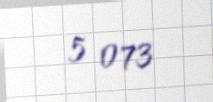
5 073